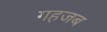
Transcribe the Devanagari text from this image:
गहजब